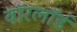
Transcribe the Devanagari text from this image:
वॉरलॉर्ड